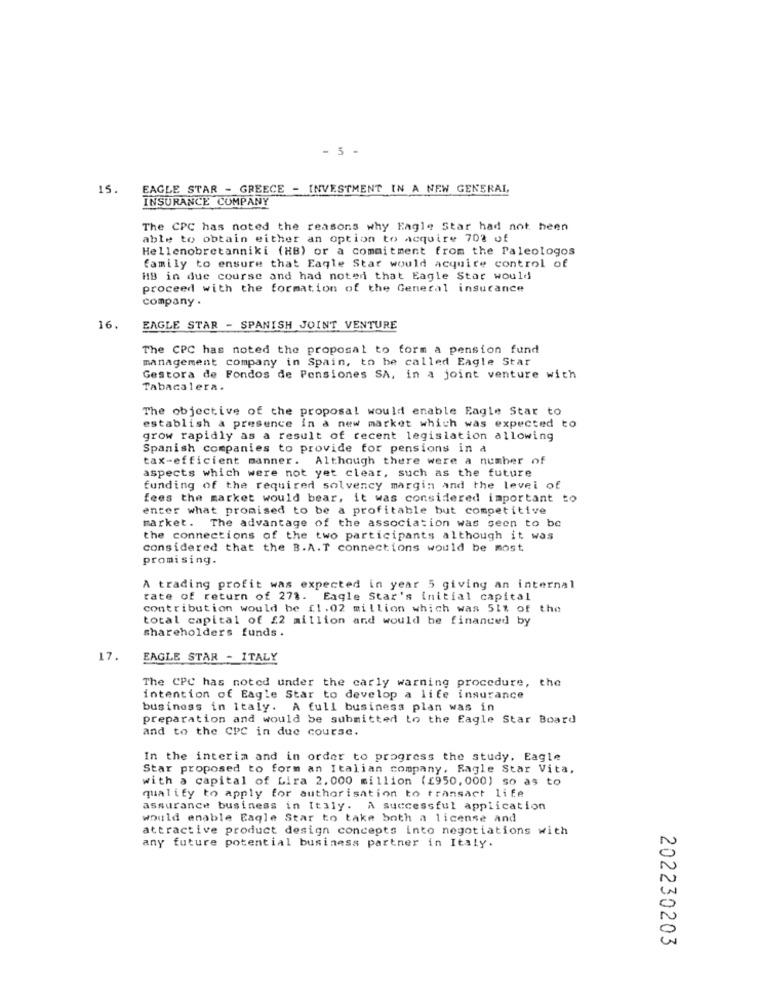
- 5 -
15.
EAGLE STAR - GREECE - INVESTMENT IN A NEW GENERAL,
INSURANCE COMPANY
The CPC has noted the reasons why Eagle Star had not heen
able to obtain either an option to acquire 70% of
Hellenobretanniki (HB) or a commitment from the Paleologos
family to ensure that Eagle Star would acquire control of
HB in due course and had noted that Eagle Star would
proceed with the formation of the General insurance
company .
16.
EAGLE STAR - SPANISH JOINT VENTURE
The CPC has noted the proposal to form a pension fund
management company in Spain, to be called Eagle Star
Gestora de Fondos de Pensiones SA, in a joint venture with
Tabacalera.
The objective of the proposal would enable Eagle Star to
establish a presence in a new market which was expected to
grow rapidly as a result of recent legislation allowing
Spanish companies to provide for pensions in a
tax-efficient manner. Although there were a number of
aspects which were not yet clear, such as the future
funding of the required solvency margin and the levei of
fees the market would bear, it was considered important to
enter what promised to be a profitable but competitive
market. The advantage of the association was seen to be
the connections of the two participants although it was
considered that the B.A.T connections would be most
promising.
A trading profit was expected in year 5 giving an internal
rate of return of 278. Eagle Star's initial capital
contribution would be [1.02 million which was 511 of the
total capital of £2 million and would be financed by
shareholders funds.
17.
EAGLE STAR - ITALY
The CPC has noted under the carly warning procedure, the
intention of Eagle Star to develop a life insurance
business in italy. A full business plan was in
preparation and would be submitted to the Eagle Star Board
and to the CPC in due course.
In the interim and in order to progress the study. Eagle
Star proposed to form an Italian company, Ragle Star Vita,
with a capital of Lira 2.000 million (£950,000) so as to
quality to apply for authorisation to transact life
assurance business in Italy. A successful application
would enable Eagle Star to take both a license and
attractive product design concepts Into negotiations with
any future potential business partner in Italy.
202230203